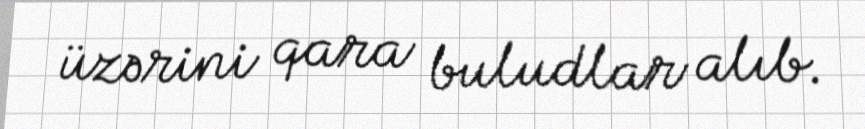
üzərini qara buludlar alıb.